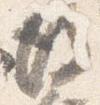
後